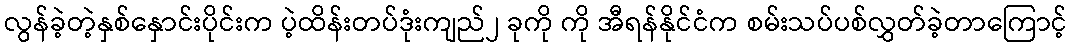
လွန်ခဲ့တဲ့နှစ်နှောင်းပိုင်းက ပဲ့ထိန်းတပ်ဒုံးကျည်၂ ခုကို ကို အီရန်နိုင်ငံက စမ်းသပ်ပစ်လွှတ်ခဲ့တာကြောင့်